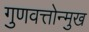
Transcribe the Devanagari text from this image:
गुणवत्तोन्मुख